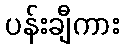
ပန်းချီကား